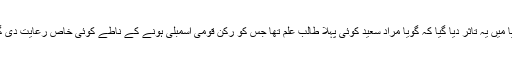
میڈیا میں یہ تاثر دیا گیا کہ گویا مراد سعید کوئی پہلا طالب علم تھا جس کو رکن قومی اسمبلی ہونے کے ناطے کوئی خاص رعایت دی گئی۔